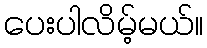
ပေးပါလိမ့်မယ်။